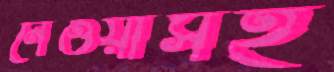
নেওয়াসহ